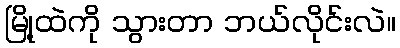
မြို့ထဲကို သွားတာ ဘယ်လိုင်းလဲ။